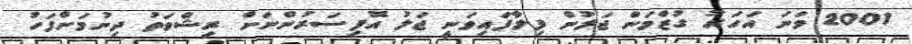
2001 ވަނަ އަހަރު ގުޒްމަން ޖަލުން ފިލާފައިވަނީ ޖަލު އޮފިސަރުންނަށް ރިޝްވަތު ދިނުމަށްފަހު